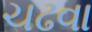
ચઢવા